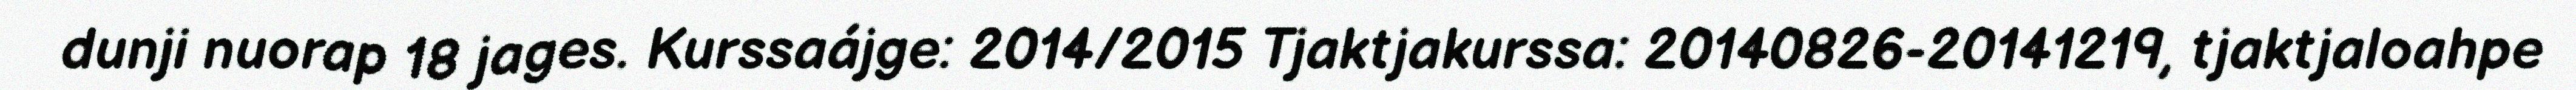
dunji nuorap 18 jages. Kurssaájge: 2014/2015 Tjaktjakurssa: 20140826-20141219, tjaktjaloahpe